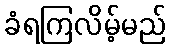
ခံရကြလိမ့်မည်